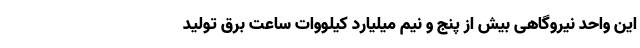
این واحد نیروگاهی بیش از پنج و نیم میلیارد کیلووات ساعت برق تولید